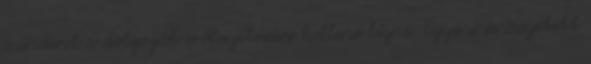
mindent a dolgozók erőfeszítéseire kellene bízni. Egyéni és összetett